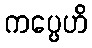
ကပ္ပေဟိ